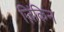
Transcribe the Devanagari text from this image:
ज़िंकिन